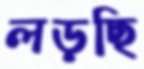
লড়ছি